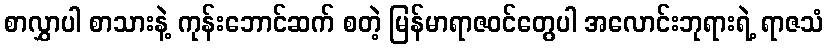
စာလွှာပါ စာသားနဲ့ ကုန်းဘောင်ဆက် စတဲ့ မြန်မာရာဇဝင်တွေပါ အလောင်းဘုရားရဲ့ ရာဇသံ